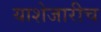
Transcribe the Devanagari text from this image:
याशेजारीच